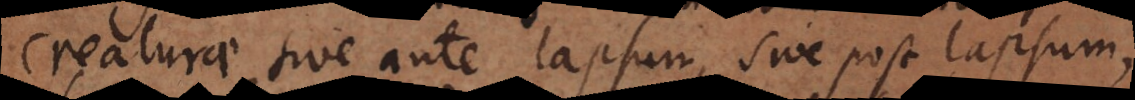
creaturae sive ante lapsum, sive post lapsum,